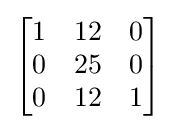
{\begin{bmatrix}1&12&0\\0&25&0\\0&12&1\end{bmatrix}}